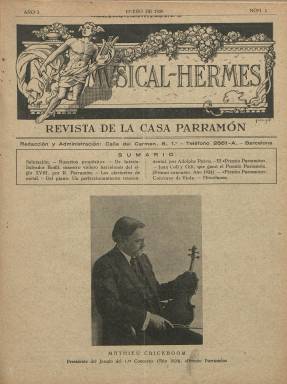
Título: Musical-Hermes : revista de la Casa Parramón
Otros títulos: Musical Hermes
Colección: Música
Ámbito geográfico: Barcelona
Lugar de publicación: Barcelona
Fechas: 01/01/1928-30/06/1930

Esta revista de la barcelonesa Casa Parramón adopta su título del dios mitológico griego, mezcla de mensajero, industrial y artista e inventor de la lira. Fue editada por el violonchelista y lutier Ramón Parramón i Castany (1883-1961), propietario de dicha casa, dedicada a la construcción y venta de instrumentos musicales, especialmente de cuerda. Comenzó a publicarla en enero de 1928, con una periodicidad mensual, aunque no aparecerá durante los meses de julio a septiembre. Sus entregas rondarán entre las 16 y 20 páginas, en las que hay que incluir las que integran la cubierta, compuestas, generalmente a dos columnas y con foliación continuada anual. La colección de la Biblioteca Nacional de España alcanza hasta su número 24, de junio de 1930, pero Torres Mulas (1991) señala haber visto hasta la entrega 33, de junio de 1931, y se sabe que estuvo publicándose hasta 1936.

Cada entrega también contiene una portada, en la que inserta un sumario de sus contenidos. Estos van a ser, especialmente, artículos relacionados con los instrumentos y la serie de concursos y dotación de premios musicales que venía organizando y celebrando Casa Parramón desde 1924, aunque también publica otros sobre teoría, pedagogía e historia musical, así como noticias, curiosidades o anécdotas en unas secciones que denomina Miscelánea y Ecos de conservatorios y academias.

La revista, que fue estampada en la Imprenta Guinart Peix y en Gráficas Calmell, usará para su estampación tanto papel prensa como cuché e irá ilustrada con un buen número de fotograbados, insertando en su cubierta retratos de músicos (Mathieu Crickboom, Pablo Casals o Enrique Morera, entre otros), que presidían los jurados del Premio Parramón, así como otras fotografías, principalmente de instrumentos, acompañando a los textos, o algunos pentagramas.

Dedicada a la difusión del arte musical, estaba dirigida tanto al profesorado como a los profesionales y aficionados españoles, y dedicará especial atención a los inventos y perfeccionamiento en el ramo de los instrumentos y a su vulgarización. Su numerosa publicidad comercial también será la relativa a casas de venta de instrumentos, accesorios y de academias musicales, o de alguna editorial.

Además del propio Ramón Parramón, firman sus textos Adolphe Piriou, J. Weiserrate, J. Pérez de la Rueda, Enrique Ainaud, F. Bisfort, Juan M. Fernández, Sofía P. Bastelman, José Noguer, André Gedalge, Pedro Ruiz Miranda, José Subirá, Juan Berruezo o Jaume Biscarri de Fortuny.

A partir del verano de 1930 anuncia mejoras y ampliación de la revista (véanse números 23 y 24), con secciones de violería, sobre el arte de la luthería; de instrumentos de viento, piano, un cursillo de armonía, la publicación de una o más obras para piano o una sección amena.